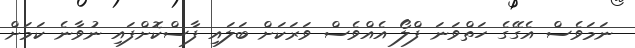
ނަމަވެސް އެގޭގެ ހަތްވަނަ ފްލޯ އެއްވެސް ވަރަކަށް ބަލައި ފާސްކޮށްފައި ނުވާނެ ކަމަށް